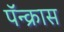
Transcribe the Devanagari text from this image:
पॅन्क्रास